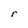
Character: r